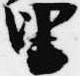
里